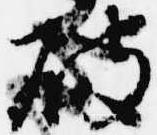
破